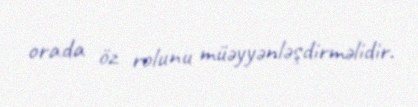
orada öz rolunu müəyyənləşdirməlidir.